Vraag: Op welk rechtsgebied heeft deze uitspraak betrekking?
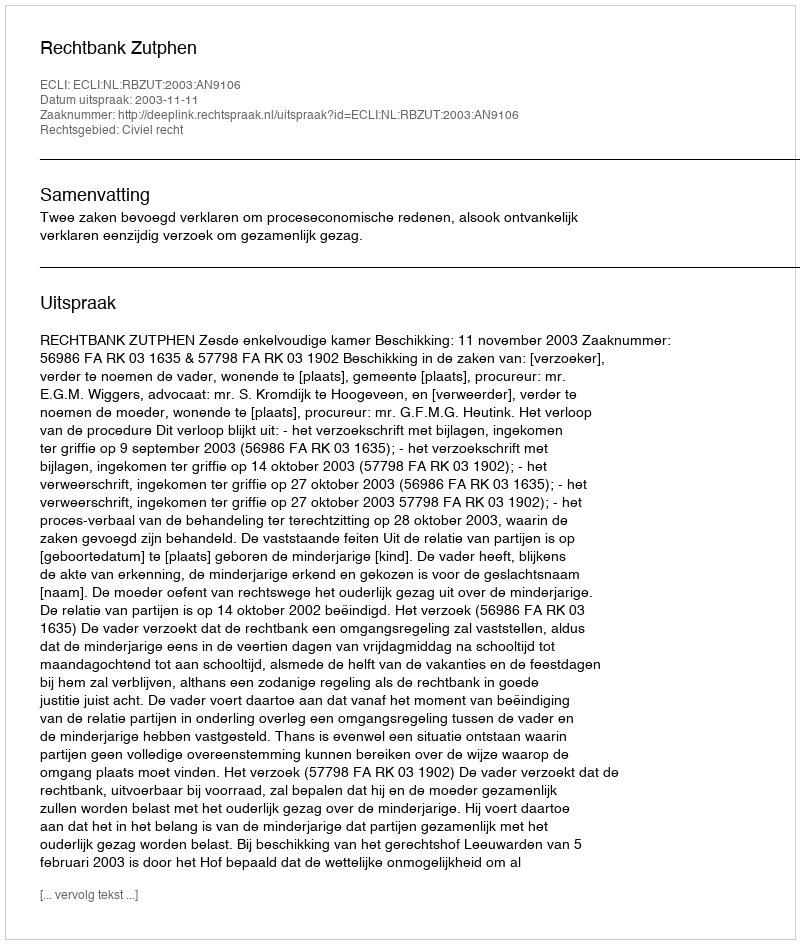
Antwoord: Civiel recht